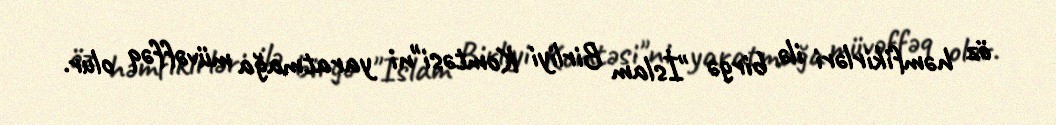
öz həmfikirləri ilə birgə "İslam Birliyi Komtəsi"ni yaratmağa müvəffəq olur.